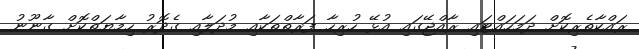
ރައްކާތެރިކޮށް ދަމަހައްޓައި ރާއްޖޭގައި އުޅޭ ހުރިހާ ފަރާތްތަކާއި މުދަލާއި ގެދޮރު ހިމާޔަތްކޮށް ގާނޫނު